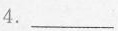
4.___